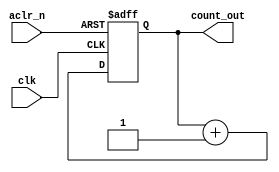
module counter
(
input clk,
input aclr_n,
output [1:0]count_out
);
reg [1:0]Q_next,Q_reg; 
always@(posedge clk,negedge aclr_n)
begin
Q_reg<=Q_reg;
if(!aclr_n)
Q_reg<=2'b00;
else
Q_reg<=Q_next;
end

always@(Q_reg)
begin
Q_next=Q_reg+(1'b1);
end
assign count_out=Q_reg;
endmodule